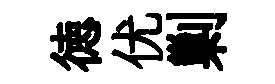
徳优剿